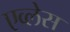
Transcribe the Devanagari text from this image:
एव्लेस